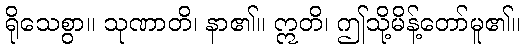
ရိုသေစွာ။ သုဏာတိ၊ နာ၏။ ဣတိ၊ ဤသို့မိန့်တော်မူ၏။